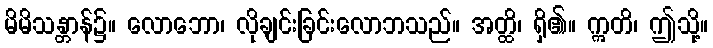
မိမိသန္တာန်၌။ လောဘော၊ လိုချင်းခြင်းလောဘသည်။ အတ္ထိ၊ ရှိ၏။ ဣတိ၊ ဤသို့။